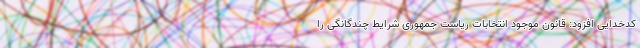
کدخدایی افزود: قانون موجود انتخابات ریاست جمهوری شرایط چندگانگی را